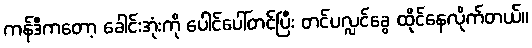
ကန်ဒီကတော့ ခေါင်းအုံးကို ပေါင်ပေါ်တင်ပြီး တင်ပလ္လင်ခွေ ထိုင်နေလိုက်တယ်။